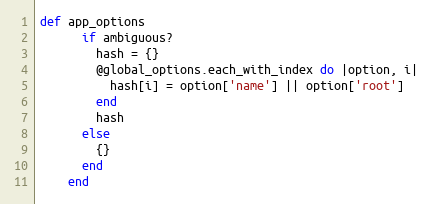
Language: Ruby
def app_options
      if ambiguous?
        hash = {}
        @global_options.each_with_index do |option, i|
          hash[i] = option['name'] || option['root']
        end
        hash
      else
        {}
      end
    end